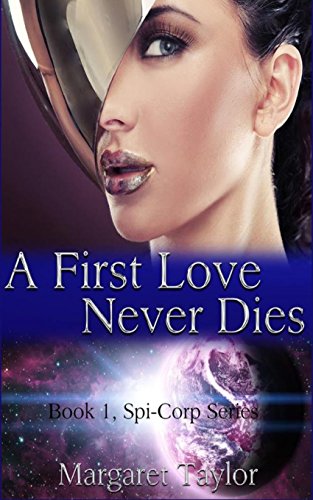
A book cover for A First Love Never Dies (The Spi-Corp Series) (Volume 1); Margaret Taylor; Science Fiction & Fantasy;